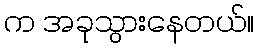
က အခုသွားနေတယ်။